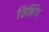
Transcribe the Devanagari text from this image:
विभिंग